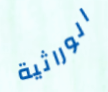
الوراثية